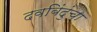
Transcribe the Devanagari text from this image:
दवबिंदुंचा